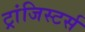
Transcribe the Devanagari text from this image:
ट्रांजिस्टर्स